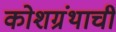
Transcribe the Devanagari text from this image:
कोशग्रंथाची